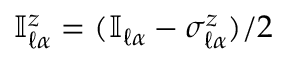
\mathbb { I } _ { \ell \alpha } ^ { z } = ( \mathbb { I } _ { \ell \alpha } - \sigma _ { \ell \alpha } ^ { z } ) / 2